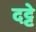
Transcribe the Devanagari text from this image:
दट्टे